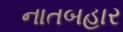
નાતબહાર